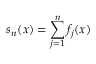
s _ { n } ( x ) = \sum _ { j = 1 } ^ { n } f _ { j } ( x )